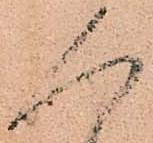
人